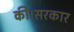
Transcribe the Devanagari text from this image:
की।सरकार